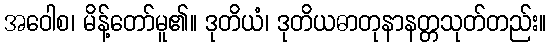
အဝေါစ၊ မိန့်တော်မူ၏။ ဒုတိယံ၊ ဒုတိယဓာတုနာနတ္တသုတ်တည်း။